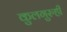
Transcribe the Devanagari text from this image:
कुलगुरुही